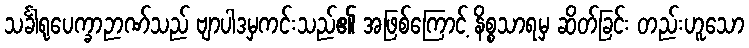
သင်္ခါရုပေက္ခာဉာဏ်သည် ဗျာပါဒမှကင်းသည်၏ အဖြစ်ကြောင့် နိစ္စသာရမှ ဆိတ်ခြင်း တည်းဟူသော